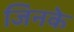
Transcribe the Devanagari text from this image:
जिनके